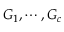
G _ { 1 } , \cdots , G _ { c }